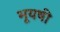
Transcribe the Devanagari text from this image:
भूयषी